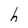
Character: h